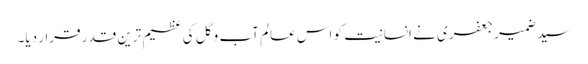
سید ضمیر جعفری نے انسانیت کو اس عالم آب و گل کی عظیم ترین قدر قرار دیا۔